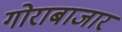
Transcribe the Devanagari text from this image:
गोराबाजार